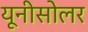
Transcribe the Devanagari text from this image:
यूनीसोलर